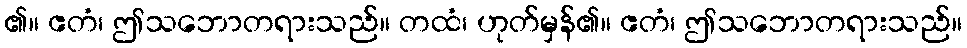
၏။ ဧတံ၊ ဤသဘောတရားသည်။ တထံ၊ ဟုတ်မှန်၏။ ဧတံ၊ ဤသဘောတရားသည်။